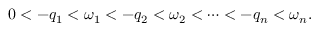
0 < - q _ { 1 } < \omega _ { 1 } < - q _ { 2 } < \omega _ { 2 } < \cdots < - q _ { n } < \omega _ { n } .